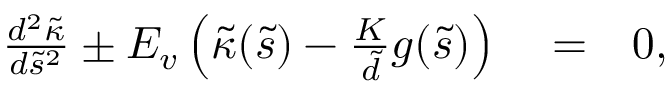
\begin{array} { r l r } { \frac { d ^ { 2 } \tilde { \kappa } } { d \tilde { s } ^ { 2 } } \pm E _ { v } \left( \tilde { \kappa } ( \tilde { s } ) - \frac { K } { \tilde { d } } g ( \tilde { s } ) \right) } & { { } = } & { 0 , } \end{array}